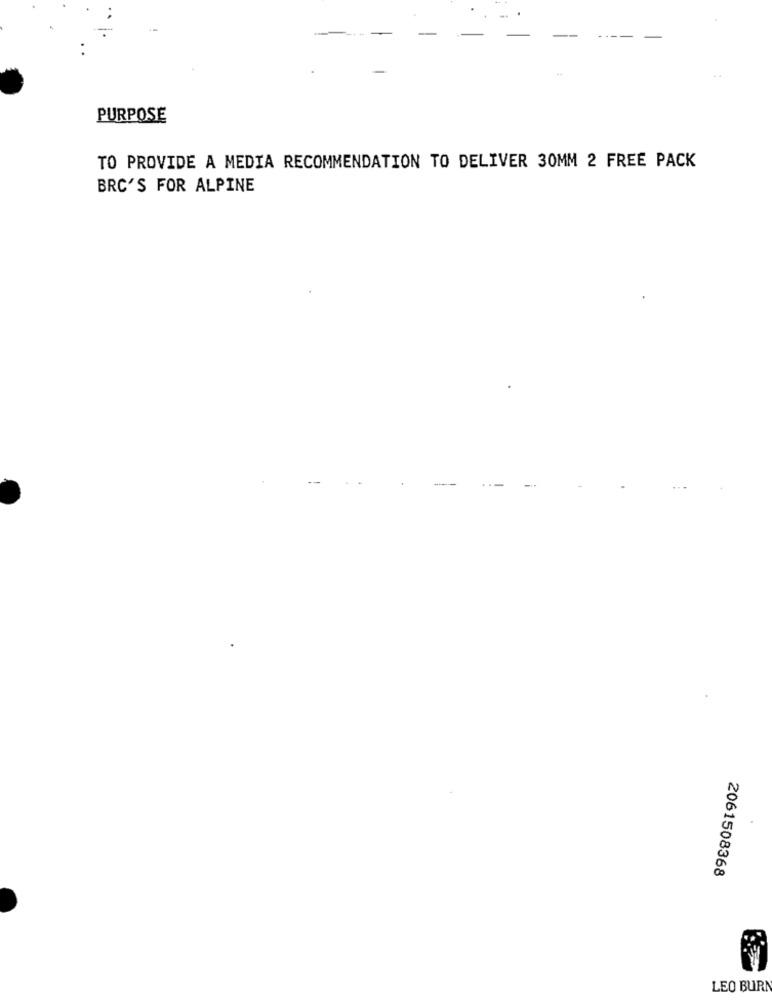
PURPOSE
TO PROVIDE A MEDIA RECOMMENDATION TO DELIVER 30MM 2 FREE PACK
BRC'S FOR ALPINE
2061508368
LEO BUR